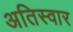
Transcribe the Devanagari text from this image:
अतिस्वार